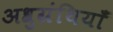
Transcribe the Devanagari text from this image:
अश्रुग्रंथियाँ